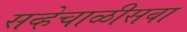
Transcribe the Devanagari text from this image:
सव्हेचाळीसवा